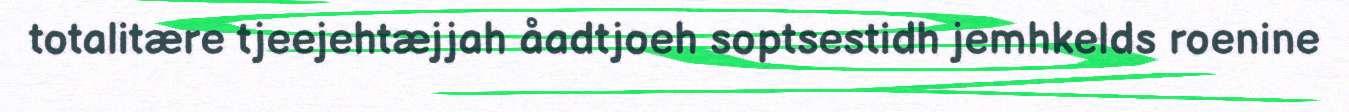
totalitære tjeejehtæjjah åadtjoeh soptsestidh jemhkelds roenine